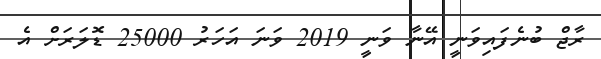
ރާޖް ބުނެފައިވަނީ އޭނާ ވަނީ 2019 ވަނަ އަހަރު 25000 ޑޮލަރަށް އެ